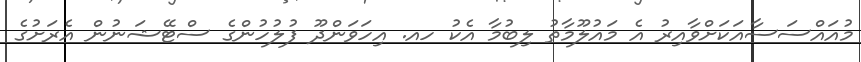
މުއައްސަސާއަކަށްވާއިރު އެ މައުލޫމާތު ލިބުމާ އެކު ހއ. އިހަވަންދޫ ފުލުހުންގެ ސްޓޭޝަނުން އެރަށުގެ